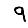
Digit: 9